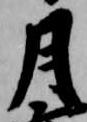
月